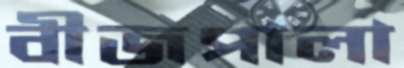
বীজপালা